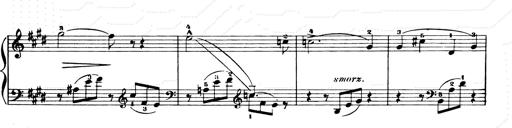
Title: Consolations and LiebestrÃ¤ume for the Piano
Composer: Franz Liszt